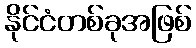
နိုင်ငံတစ်ခုအဖြစ်